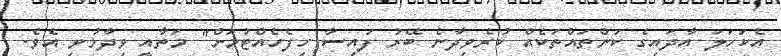
އެކަހަލަ އާދައިގެ ކަންތައްތަކެއް ކުރެވިދާނެ ބޭރު ފައިސާ ހިފެހެއްޓުމަށް" މަތާއީ ވިދާޅުވި އެވެ.